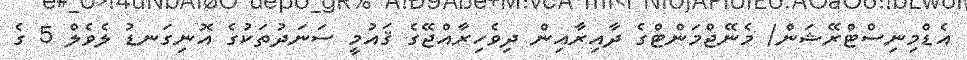
އެޑްމިނިސްޓްރޭޝަން/ މެނޭޖްމަންޓްގެ ދާއިރާއިން ދިވެހިރާއްޖޭގެ ޤައުމީ ސަނަދުތަކުގެ އޮނިގަނޑު ލެވެލް 5 ގެ